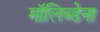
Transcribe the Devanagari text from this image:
मॉलिब्डेना